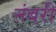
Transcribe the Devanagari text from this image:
नंबरी